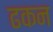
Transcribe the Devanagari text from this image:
ढकन